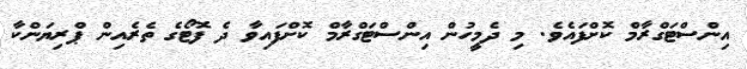
އިންސްޓަގްރާމް ކޮށްފައެވެ. މި ދެމީހުން އިންސްޓަގްރާމް ކޮށްފައިވާ ދެ ފޮޓޯގެ ތެރެއިން ޕްރިޔަންކާ